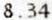
8.34